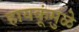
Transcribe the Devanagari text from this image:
हायकूंमुळे